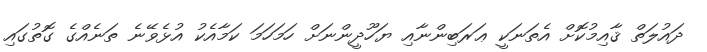
ދައުލަތް ޤާއިމުކޮށް އެތަނަކީ ޢަރަބިންނާއި ޔަހޫދީންނަށް ހަމަހަމަ ކަމާއެކު އުޅެވޭނެ ތަނެއްގެ ގޮތުގައި